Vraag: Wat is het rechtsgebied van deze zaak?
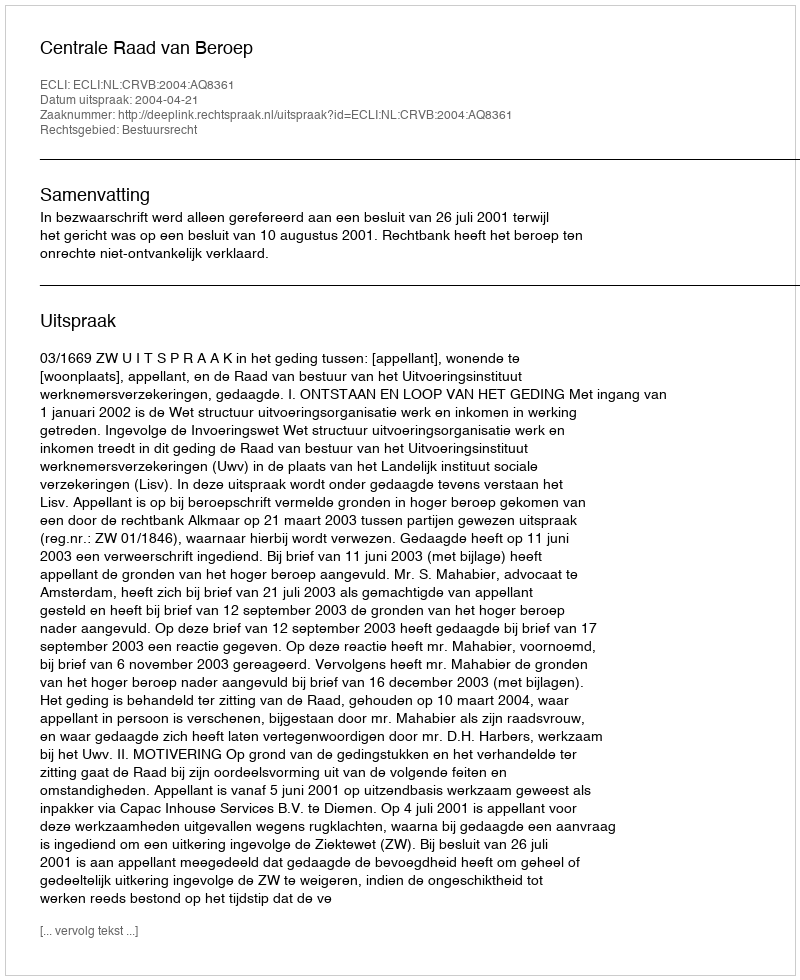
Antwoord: Bestuursrecht